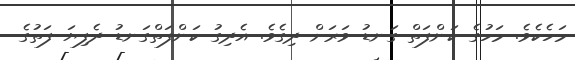
މަހެކެވެ. މަހުގެ ކަންފަތް ގަނޑު ވަރަށް ދިގެވެ. އެދިގު ކަންފަތްގަނޑު ދެފިޔަ ފަތުގެ